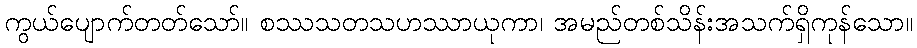
ကွယ်ပျောက်တတ်သော်။ စဿသတသဟဿာယုကာ၊ အမည်တစ်သိန်းအသက်ရှိကုန်သော။